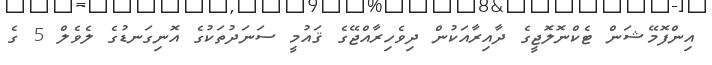
އިންފޮމޭޝަން ޓެކްނޮލޮޖީގެ ދާއިރާއަކުން ދިވެހިރާއްޖޭގެ ޤައުމީ ސަނަދުތަކުގެ އޮނިގަނޑުގެ ލެވެލް 5 ގެ